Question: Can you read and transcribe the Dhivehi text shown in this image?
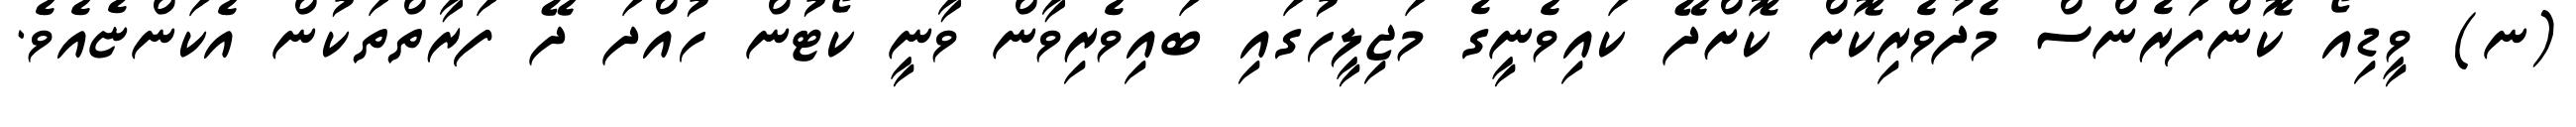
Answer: (ނ) ވީޑިއޯ ކޮންފަރެންސް މެދުވެރިކޮށް ކޮށްދޭ ކައިވެނީގެ މަޖިލީހުގައި ބައިވެރިވާން ވާނީ ކޯޓުން ހުއްދަ ދޭ ފަރާތްތަކުން އެކަންޏެއެވެ.